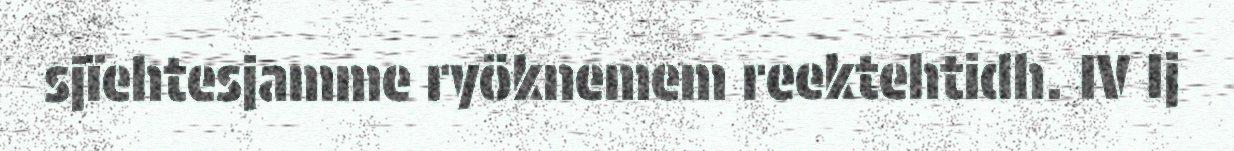
sjïehtesjamme ryöknemem reektehtidh. IV Ij